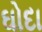
ઘોદા